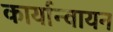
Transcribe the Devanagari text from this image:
कार्यान्वायन